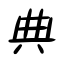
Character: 典